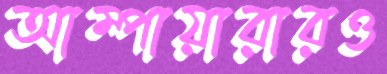
আম্পায়ারারও